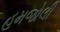
હમજોલી